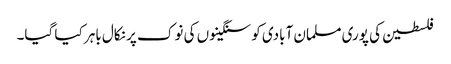
فلسطین کی پوری مسلمان آبادی کو سنگینوں کی نوک پر نکال باہر کیا گیا۔